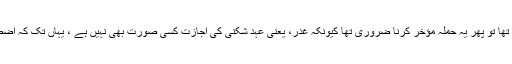
اگر اسے بچانا ممکن ہی نہیں تھا تو پھر یہ حملہ مؤخر کرنا ضروری تھا کیونکہ غدر، یعنی عہد شکنی کی اجازت کسی صورت بھی نہیں ہے ، یہاں تک کہ اضطرار کی حالت میں بھی نہیں۔